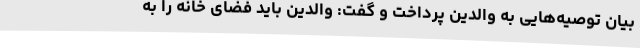
بیان توصیه‌هایی به والدین پرداخت و گفت: والدین باید فضای خانه را به